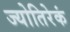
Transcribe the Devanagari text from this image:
ज्योतिरेकं